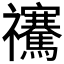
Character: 𥜴